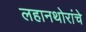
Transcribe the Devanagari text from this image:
लहानथोरांचे